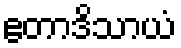
ဧတာဒိသာယံ